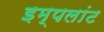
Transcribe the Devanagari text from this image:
इम्पलांट